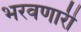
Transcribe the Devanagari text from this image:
भरवणारी